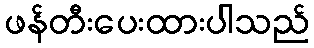
ဖန်တီးပေးထားပါသည်